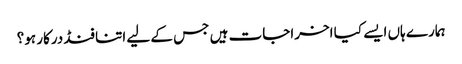
ہمارے ہاں ایسے کیا اخراجات ہیں جس کے لیے اتنا فنڈ درکار ہو؟